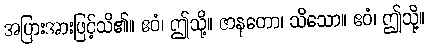
အပြားအားဖြင့်သိ၏။ ဧဝံ၊ ဤသို့။ ဇာနတော၊ သိသော။ ဧဝံ၊ ဤသို့။